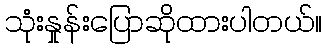
သုံးနှုန်းပြောဆိုထားပါတယ်။